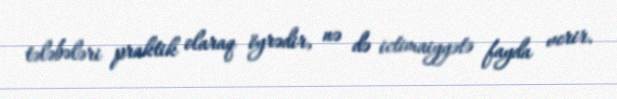
tələbələri praktik olaraq öyrədir, nə də ictimaiyyətə fayda verir.